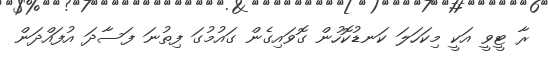
ރާ ޓީވީ އަކީ މިކަހަލަ ކަނޑުކޮހުން ގޮވައިގެން ގައުމުގަ ފިތުނަ ފަސާދަ އުފައްދަން